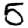
Digit: 5